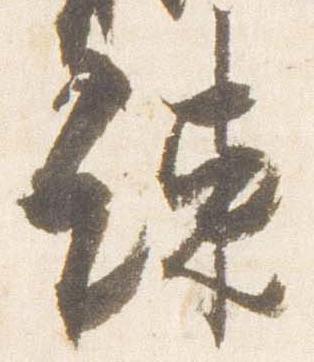
諫